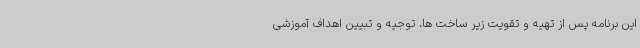
این برنامه پس از تهیه و تقویت زیر ساخت ها، توجیه و تبیین اهداف آموزشی